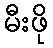
မီးဖို